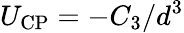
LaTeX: U_{\textrm{CP}}=-C_{3}/d^{3}